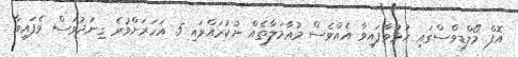
އޮފް މޯލްޑިވްސްގައި ހުޅުވާފައިވާ އެއްވެސް މުޢާމަލާތެއް ނުކުރައްވައި 5 އަހަރަށްވުރެ ގިނަދުވަސް ވެފައިވާ